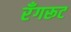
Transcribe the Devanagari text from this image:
रँगरूट